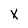
Character: x